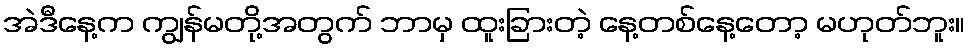
အဲဒီနေ့က ကျွန်မတို့အတွက် ဘာမှ ထူးခြားတဲ့ နေ့တစ်နေ့တော့ မဟုတ်ဘူး။